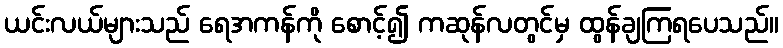
ယင်းလယ်များသည် ရေအကန်ကို စောင့်၍ ကဆုန်လတွင်မှ ထွန်ချကြရပေသည်။